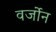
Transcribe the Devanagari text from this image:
वर्जोन